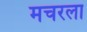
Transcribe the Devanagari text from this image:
मचरला